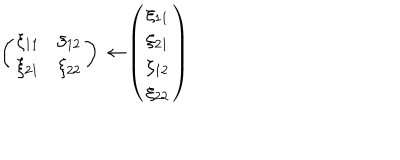
\left( \begin{array} { l l } { { \xi _ { 1 1 } } } & { { \xi _ { 1 2 } } } \\ { { \xi _ { 2 1 } } } & { { \xi _ { 2 2 } } } \\ \end{array} \right) \rightarrow \left( \begin{array} { l } { { \xi _ { 1 1 } } } \\ { { \xi _ { 2 1 } } } \\ { { \xi _ { 1 2 } } } \\ { { \xi _ { 2 2 } } } \\ \end{array} \right)